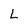
Character: L